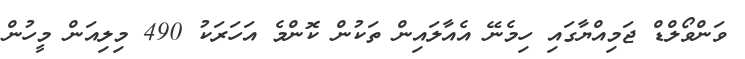
ވަންވޯލްޑް ޖަމިއްޔާގައި ހިމެނޭ އެއާލައިން ތަކުން ކޮންމެ އަހަރަކު 490 މިލިއަން މީހުން